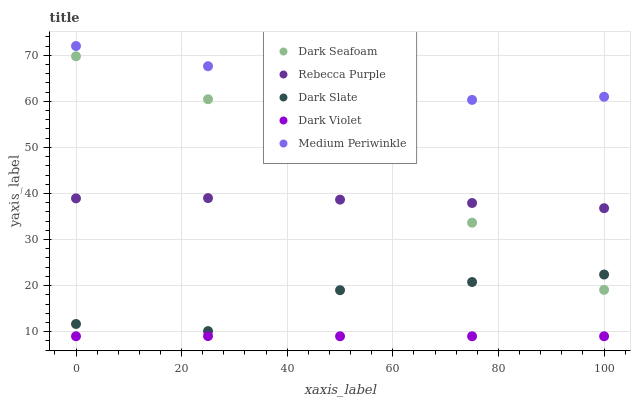
| xaxis_label | Dark Seafoam | Rebecca Purple | Dark Slate | Dark Violet | Medium Periwinkle |
 | --- | --- | --- | --- | --- | --- |
 | 0 | 69.8 | 38.9 | 11.7 | 9 | 72 |
 | 25 | 60.4 | 39 | 10.1 | 9.04 | 67.6 |
 | 50 | 49.8 | 38.7 | 19 | 9 | 65.5 |
 | 75 | 33.7 | 37.9 | 20.8 | 9 | 60.3 |
 | 100 | 19.1 | 36.8 | 22.4 | 9 | 61 |